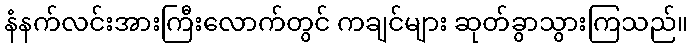
နံနက်လင်းအားကြီးလောက်တွင် ကချင်များ ဆုတ်ခွာသွားကြသည်။